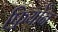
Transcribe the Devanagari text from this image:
फ़्रियोन